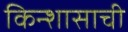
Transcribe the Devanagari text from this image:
किन्शासाची